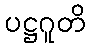
ပဋ္ဌဂူတိ